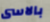
بالاسى